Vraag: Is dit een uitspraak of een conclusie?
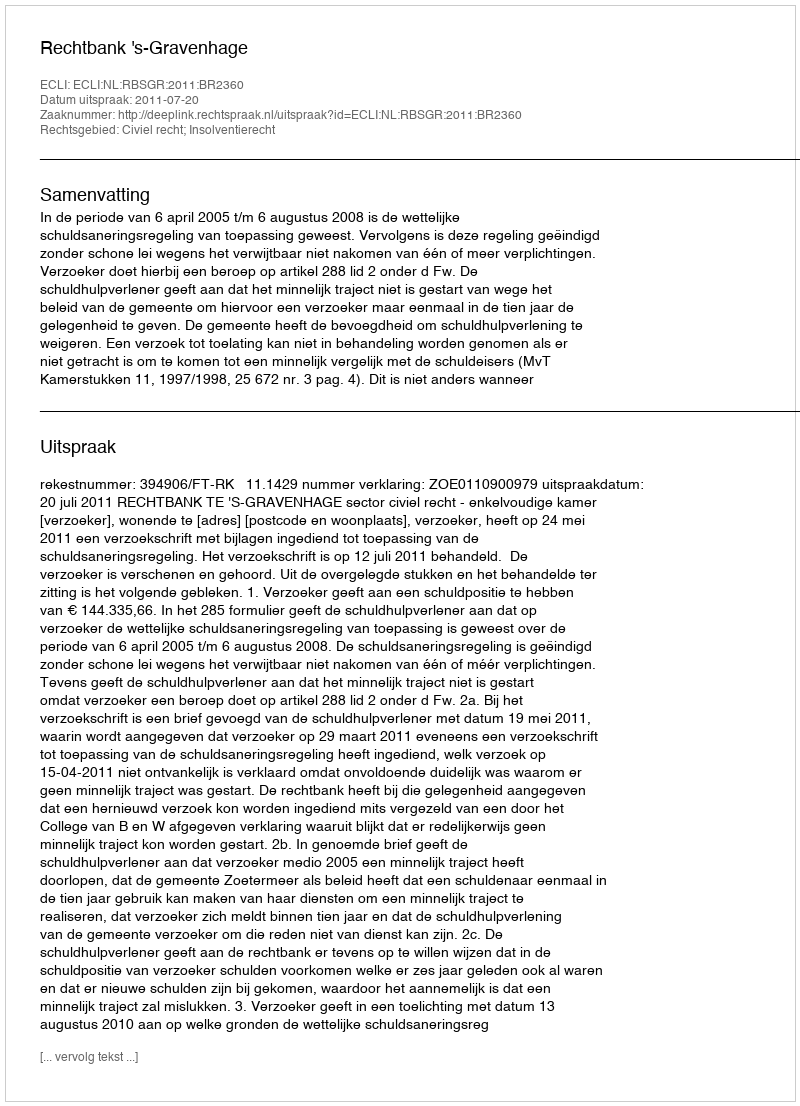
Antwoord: Uitspraak